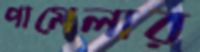
পামেলার